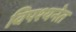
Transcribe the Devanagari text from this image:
विपश्यनेत